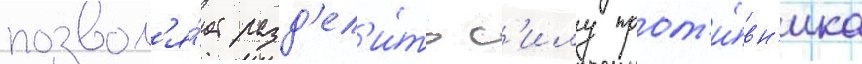
позвол'я́ет разд'ел'и́ть с'илу прот'и́вн'ика